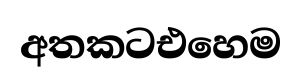
අතකටඑහෙම